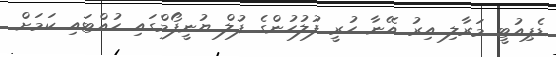
ޑެޕިއުޓީ މަރާލި އިރު އޭނާ ހުރީ ފުލުހުންގެ ފުލް ޔުނީފޯމްގައި ހުއްޓައި ކަމަށް